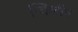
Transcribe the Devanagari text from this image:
ग्विलॉम